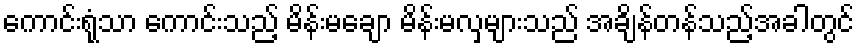
ကောင်းရုံသာ ကောင်းသည့် မိန်းမချော မိန်းမလှများသည် အချိန်တန်သည့်အခါတွင်